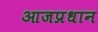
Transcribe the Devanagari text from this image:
आजप्रधान